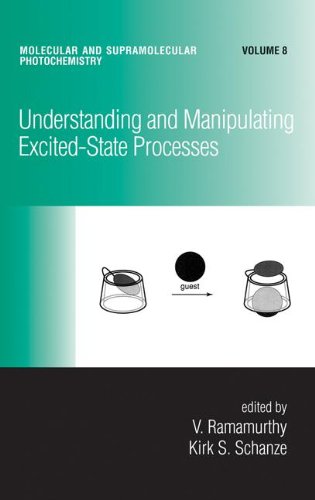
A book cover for Understanding and Manipulating Excited-State Processes (Molecular and Supramolecular Photochemistry); Science & Math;